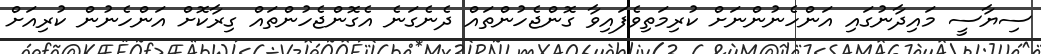
ސިޔާސީ މައިދާނުގައި އަންހެނުންނަށް ކުރިމަތިވެފައިވާ ގޮންޖެހުންތައް ދެނެގަނެ އެގޮންޖެހުންތައް ގިރާކޮށް އަންހެނުން ކުރިއަށް